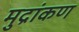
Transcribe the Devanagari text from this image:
मुद्रांकण